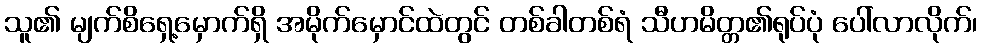
သူ၏ မျက်စိရှေ့မှောက်ရှိ အမိုက်မှောင်ထဲတွင် တစ်ခါတစ်ရံ သီဟမိတ္တ၏ရုပ်ပုံ ပေါ်လာလိုက်၊